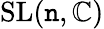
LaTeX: \operatorname{SL}(\mathtt{n},\mathbb{{C}})